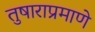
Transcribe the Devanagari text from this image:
तुषाराप्रमाणे